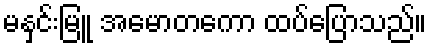
မနှင်းမြူ အမောတကော ထပ်ပြောသည်။